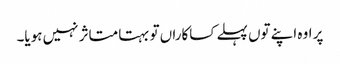
پر اوہ اپنے توں پہلے کساکاراں تو بہتا متاثر نہیں ہویا۔